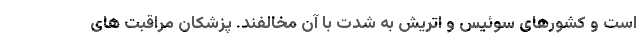
است و کشورهای سوئیس و اتریش به شدت با آن مخالفند. پزشکان مراقبت های